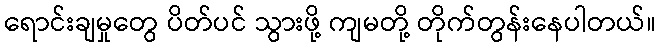
ရောင်းချမှုတွေ ပိတ်ပင် သွားဖို့ ကျမတို့ တိုက်တွန်းနေပါတယ်။